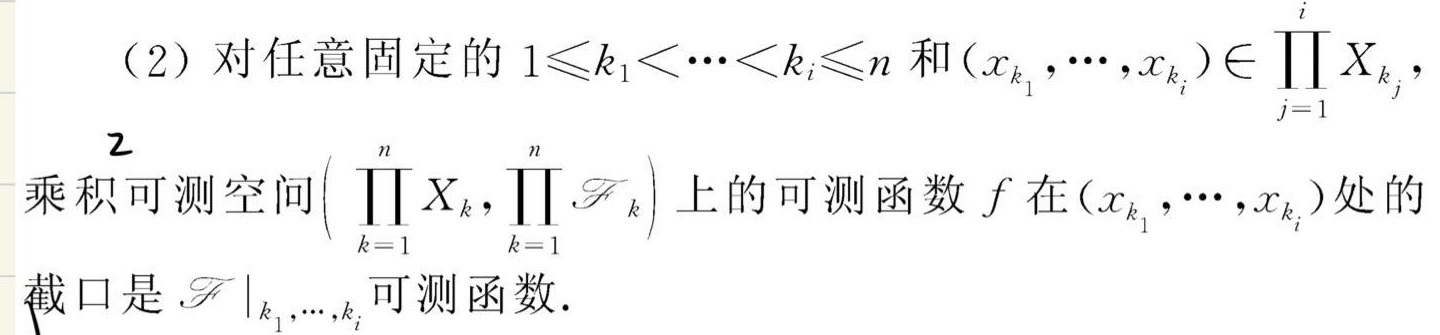
（2）对任意固定的 \(1\leqslant k_{1}<\cdots<k_{i}\leqslant n\) 和\((x_{k_{1}},\cdots,x_{k_{i}})\in \prod_{j = 1}^{i}X_{k_{j}}\)，
2
乘积可测空间\((\prod_{k = 1}^{n}X_{k},\prod_{k = 1}^{n}\mathscr{F}_{k})\)上的可测函数 \(f\) 在\((x_{k_{1}},\cdots,x_{k_{i}})\)处的
截口是\(\left.\mathscr{F}\right|_{k_{1},\cdots,k_{i}}\)可测函数.